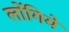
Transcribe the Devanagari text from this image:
लोंगिये